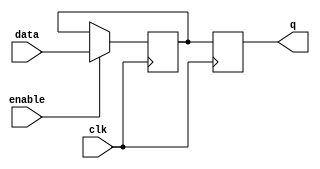
module transparent_latch_d_flipflop (
    input data,
    input enable,
    input clk,
    output reg q
);

reg d;

always @(posedge clk) begin
    if (enable) begin
        d <= data;
    end
    q <= d;
end

endmodule